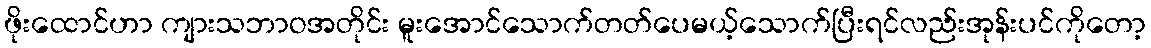
ဖိုးထောင်ဟာ ကျားသဘာဝအတိုင်း မူးအောင်သောက်တတ်ပေမယ့်သောက်ပြီးရင်လည်းအုန်းပင်ကိုတော့